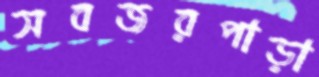
সবজরপাড়া